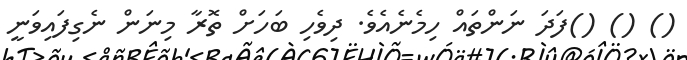
() () ()ފަދަ ނަންތައް ހިމެނެއެވެ. ދިވެހި ބަހަށް ތޮރާ މިނަން ނެގިފައިވަނީ